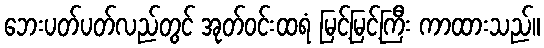
ဘေးပတ်ပတ်လည်တွင် အုတ်ဝင်းထရံ မြင့်မြင့်ကြီး ကာထားသည်။